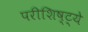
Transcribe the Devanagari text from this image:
परीशिष्ट्ये